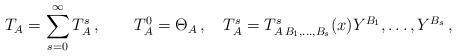
LaTeX: \begin{align*}T_A=\sum_{s=0}^{\infty}T^s_{A}\,,\qquad T^0_A=\Theta_A\,,\quad T^s_A=T^s_{A\, B_1,\ldots , B_s}(x)Y^{B_1},\ldots , Y^{B_s}\,, \end{align*}